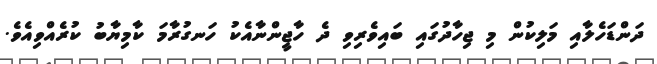
ދަންޑަހެލާއި މަލިކުން މި ޖިހާދުގައި ބައިވެރިވި ދެ ހާޖީންނާއެކު ހަނގުރާމަ ކާމިޔާބު ކުރެއްވިއެވެ.